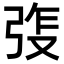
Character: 𫸵